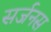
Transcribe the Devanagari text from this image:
सर्जनस